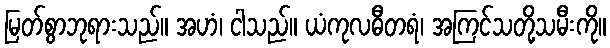
မြတ်စွာဘုရားသည်။ အဟံ၊ ငါသည်။ ယံကုလဓီတရံ၊ အကြင်သတို့သမီးကို။